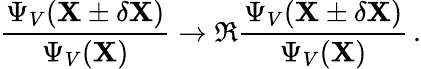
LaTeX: \frac{\Psi_{V}(\mathbf{X}\pm\delta\mathbf{X})}{\Psi_{V}(\mathbf{X})}\to\Re{\frac{\Psi_{V}(\mathbf{X}\pm\delta\mathbf{X})}{\Psi_{V}(\mathbf{X})}}\, .